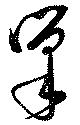
筆